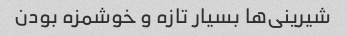
شیرینی‌ها بسیار تازه و خوشمزه بودن